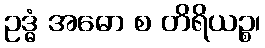
ဥဒ္ဓံ အဓော စ တိရိယဉ္စ၊